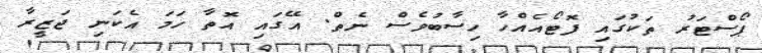
ޕޯސްޓަރު ތަކުގައި ފޮޓޯއެއްހާ ހިސާބުވެސް ނެތް. އޭގައި އޮތާ ހަމަ އެކަނި ޖަޒީރާ